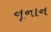
નૂનાન